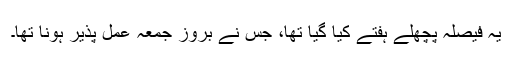
یہ فیصلہ پچھلے ہفتے کیا گیا تھا، جس نے بروز جمعہ عمل پذیر ہونا تھا۔